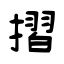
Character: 摺